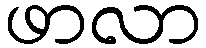
ဖာလာ